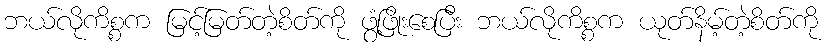
ဘယ်လိုကိစ္စက မြင့်မြတ်တဲ့စိတ်ကို ဖွံ့ဖြိုးစေပြီး ဘယ်လိုကိစ္စက ယုတ်နိမ့်တဲ့စိတ်ကို